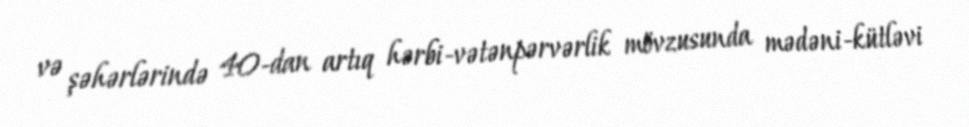
və şəhərlərində 40-dan artıq hərbi-vətənpərvərlik mövzusunda mədəni-kütləvi